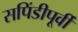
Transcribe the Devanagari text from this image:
सपिंडीपूर्वीं